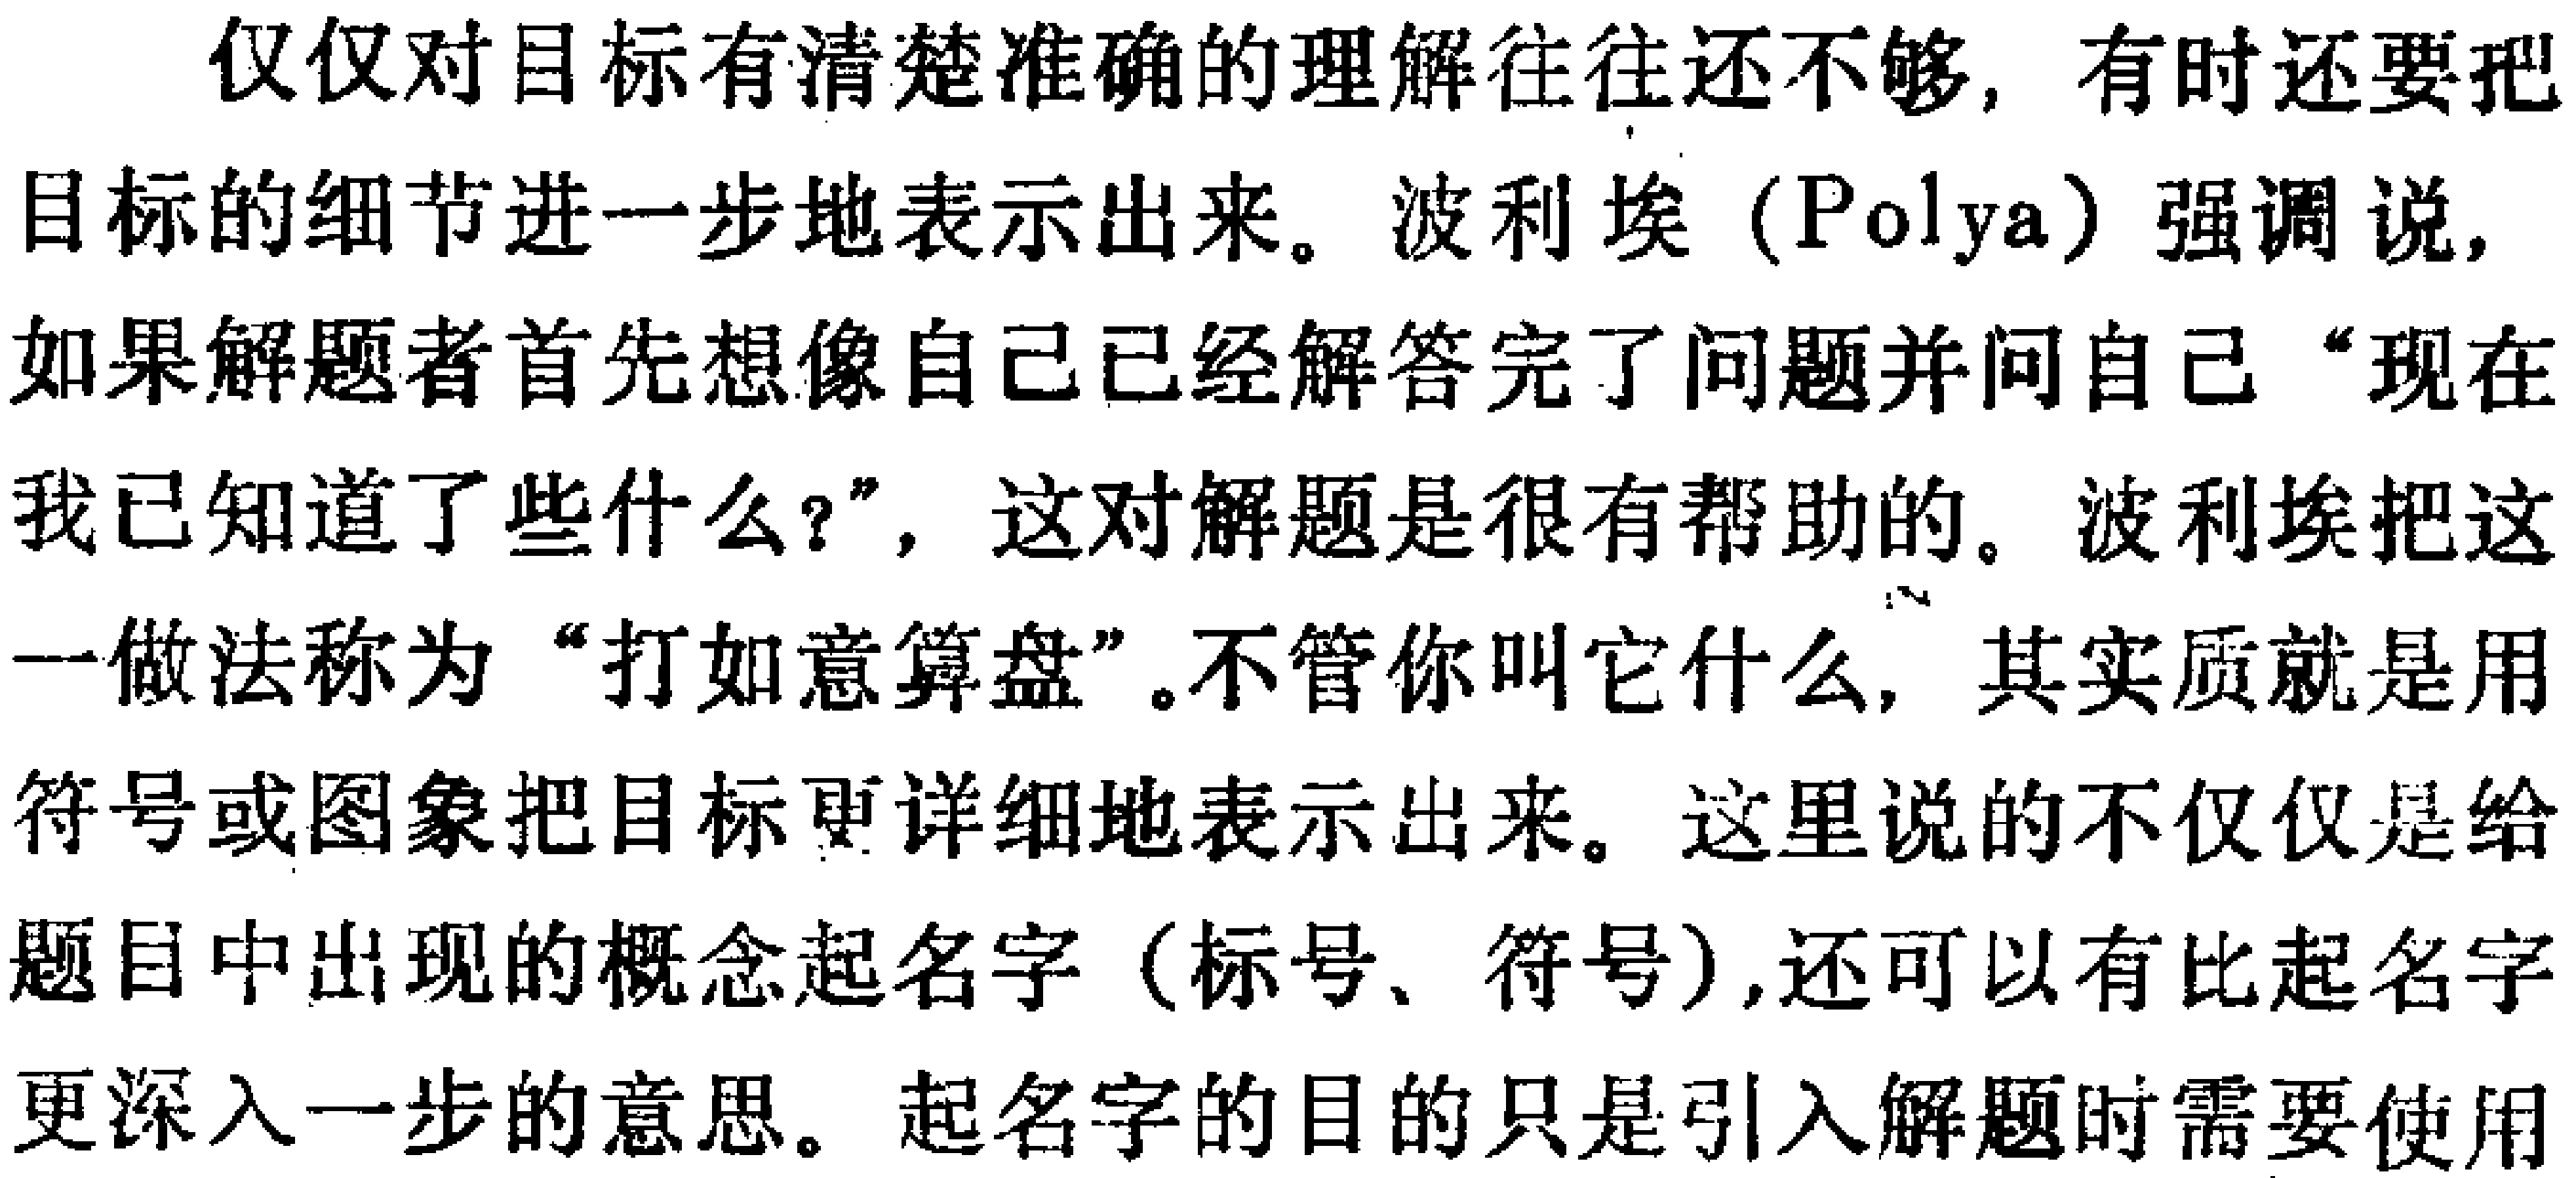
仅仅对目标有清楚准确的理解往往还不够, 有时还要把

目标的细节进一步地表示出来。波利埃（Polya）强调说,

如果解题者首先想像自己已经解答完了问题并问自己 “现在

我已知道了些什么?”，这对解题是很有帮助的。波利埃把这

一做法称为 “打如意算盘”。不管你叫它什么, 其实质就是用

符号或图象把目标更详细地表示出来。这里说的不仅仅是给

题目中出现的概念起名字（标号、符号）,还可以有比起名字

更深入一步的意思。起名字的目的只是引入解题时需要使用